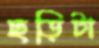
ছড়িটা